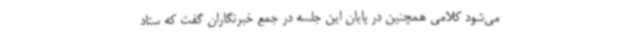
می‌شود کلامی همچنین در پایان این جلسه در جمع خبرنگاران گفت که ستاد